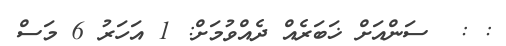
: :  ސަންއަށް ޚަބަރެއް ދެއްވުމަށް: 1 އަހަރު 6 މަސް